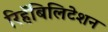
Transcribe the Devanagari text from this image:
रिहॅबिलिटेशन